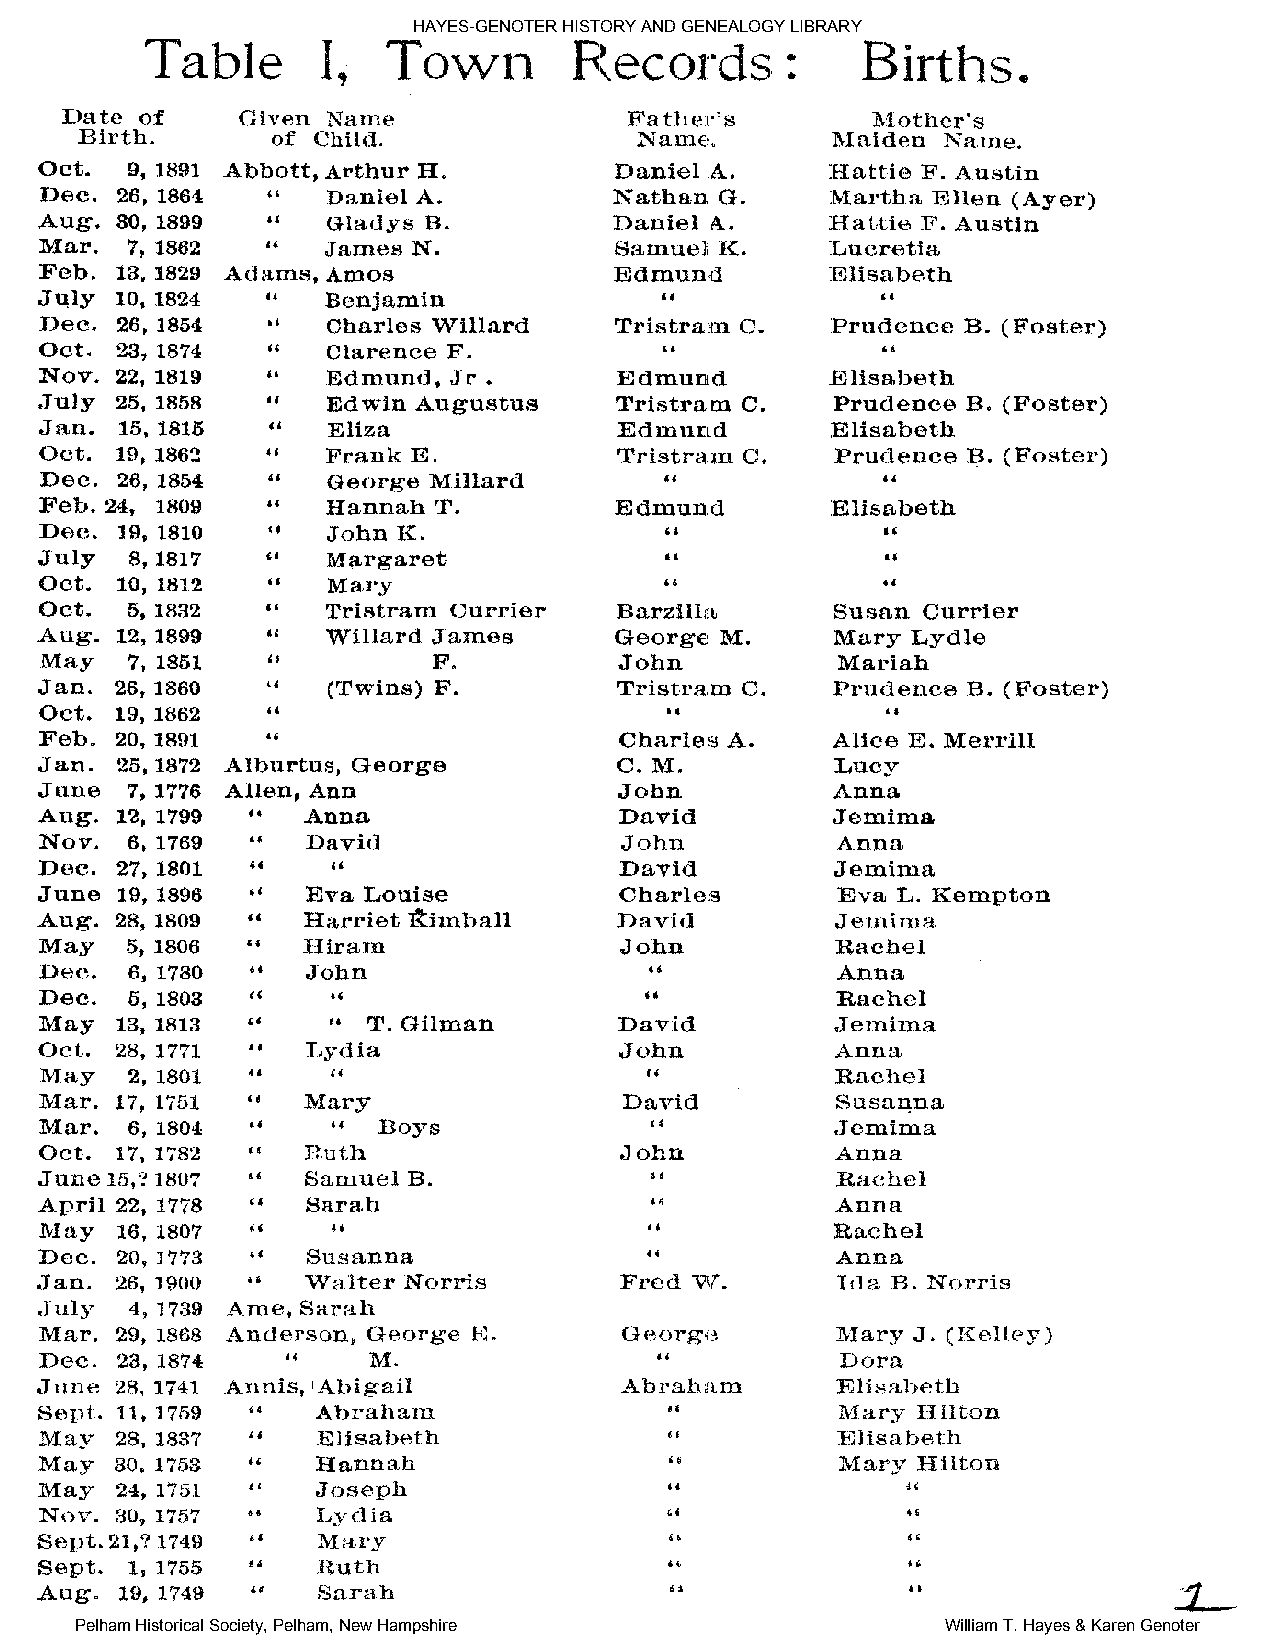
HAYES-GENOTER HISTORY AND GENEALOGY LIBRARY
 Pelham Historical Society, Pelham, New Hampshire          William T. Hayes & Karen Genoter